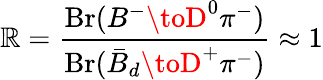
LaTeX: \mathbb{R}=\frac{{\mathrm{{Br}}(B^{-}\toD^{0}\pi^{-})}}{{\mathrm{{Br}}(\bar{{B}}_{d}\toD^{+}\pi^{-})}}\approx1